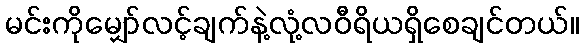
မင်းကိုမျှော်လင့်ချက်နဲ့လုံ့လဝီရိယရှိစေချင်တယ်။